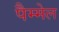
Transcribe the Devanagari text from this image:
पैम्मेल